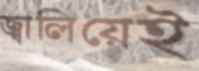
জ্বালিয়েই